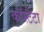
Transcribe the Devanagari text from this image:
कॉस्टैंटा